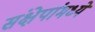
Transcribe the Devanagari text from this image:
संक्षेपांमध्ये